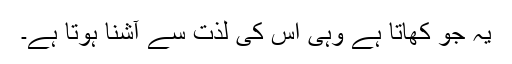
یہ جو کھاتا ہے وہی اس کی لذت سے آشنا ہوتا ہے۔